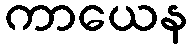
ကာယေန